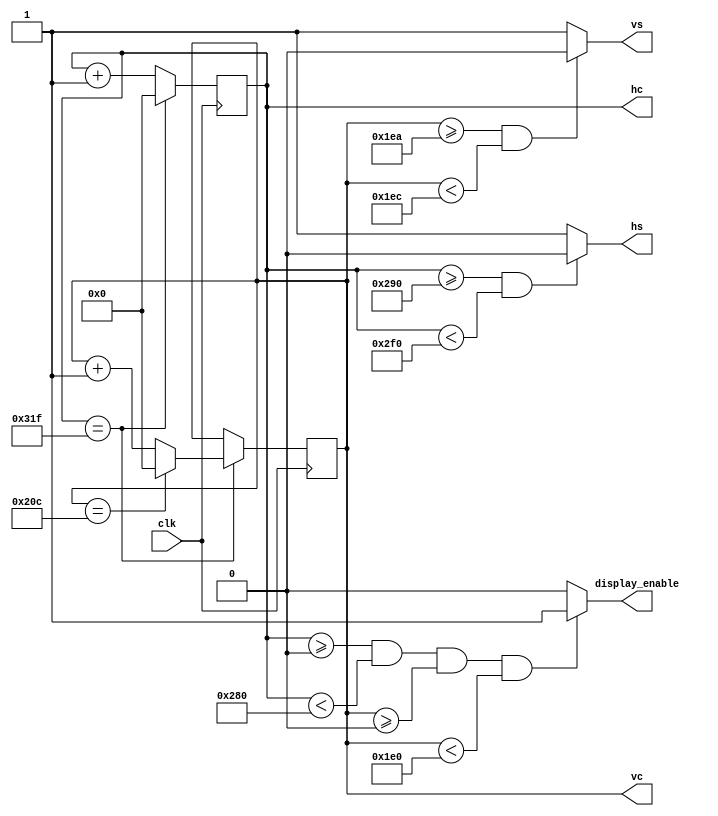
`timescale 1ns / 1ns
`default_nettype none

//////////////////////////////////////////////////////////////////////////////////
// Company: 
// Engineer: 
// 
// Design Name: 
// Module Name:    syncs 
// Project Name: 
// Target Devices: 
// Tool versions: 
// Description: 
//
// Dependencies: 
//
// Revision: 
// Revision 0.01 - File Created
// Additional Comments: 
//
//////////////////////////////////////////////////////////////////////////////////

module videosyncs (
  input wire clk,        // reloj de 25 MHz (mirar abajo en el "ModeLine")
  output reg hs,         // salida sincronismo horizontal
  output reg vs,         // salida sincronismo vertical
 	output wire [10:0] hc, // salida posicion X actual de pantalla
	output wire [10:0] vc, // salida posicion Y actual de pantalla
  output reg display_enable // hay que poner un color en pantalla (1) o hay que poner negro (0)
  );
	
  // Visita esta URL si pretendes cambiar estos valores para generar otro modo de pantalla. Atrevete!!!
  // https://www.mythtv.org/wiki/Modeline_Database#VESA_ModePool
  // El que he usado aqui es:
  // ModeLine "640x480" 25.18 640 656 752 800 480 490 492 525 -HSync -VSync
  //                      ^
  //                      +---- Frecuencia de reloj de pixel en MHz
  parameter HACTIVE = 640;
  parameter HFRONTPORCH = 656;
  parameter HSYNCPULSE = 752;
	parameter HTOTAL = 800;
  parameter VACTIVE = 480;
  parameter VFRONTPORCH = 490;
  parameter VSYNCPULSE = 492;
  parameter VTOTAL = 525;
  parameter HSYNCPOL = 0;  // 0 = polaridad negativa, 1 = polaridad positiva
  parameter VSYNCPOL = 0;  // 0 = polaridad negativa, 1 = polaridad positiva

  reg [10:0] hcont = 0;
  reg [10:0] vcont = 0;
	
  assign hc = hcont;
  assign vc = vcont;

  always @(posedge clk) begin
      if (hcont == HTOTAL-1) begin
         hcont <= 11'd0;
         if (vcont == VTOTAL-1) begin
            vcont <= 11'd0;
         end
         else begin
            vcont <= vcont + 11'd1;
         end
      end
      else begin
         hcont <= hcont + 11'd1;
      end
  end
   
  always @* begin
    if (hcont>=0 && hcont<HACTIVE && vcont>=0 && vcont<VACTIVE)
      display_enable = 1'b1;
    else
      display_enable = 1'b0;

    if (hcont>=HFRONTPORCH && hcont<HSYNCPULSE)
      hs = HSYNCPOL;
    else
      hs = ~HSYNCPOL;

    if (vcont>=VFRONTPORCH && vcont<VSYNCPULSE)
      vs = VSYNCPOL;
    else
      vs = ~VSYNCPOL;
  end
endmodule   

`default_nettype wire